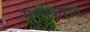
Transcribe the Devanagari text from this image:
मुनकिरात